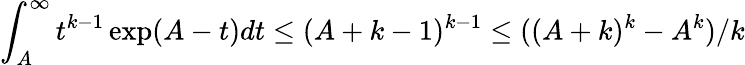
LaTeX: \int_{A}^{\infty}t^{k-1}\exp(A-t)dt\leq(A+k-1)^{k-1}\leq((A+k)^{k}-A^{k})/k